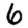
Digit: 6